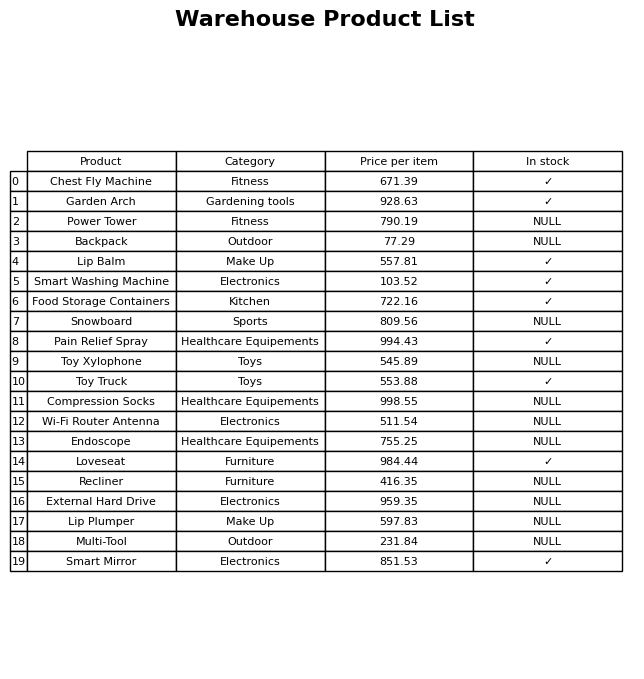
question: What is the price of the Multi-Tool?
answer: The price of Multi-Tool is 231.84.